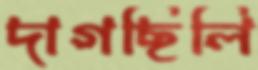
দাগছিলি